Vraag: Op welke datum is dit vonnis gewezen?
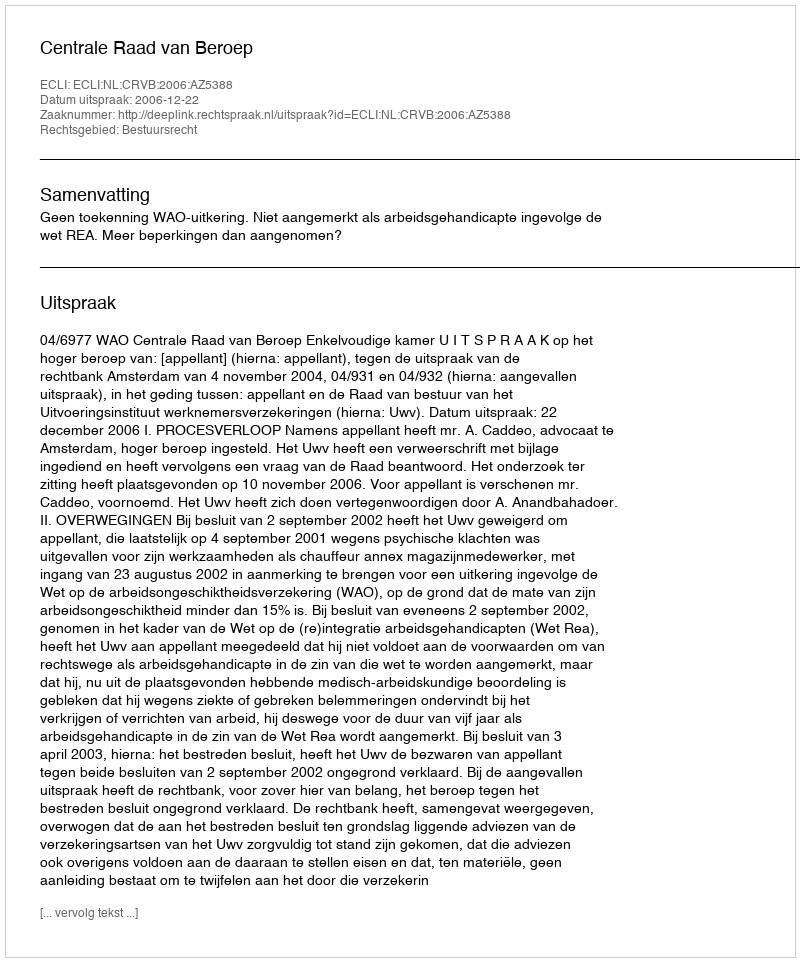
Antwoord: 2006-12-22